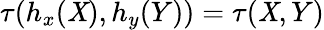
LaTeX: \tau(h_{x}(\mathit{X}),h_{y}(Y))=\tau(\mathit{X},Y)